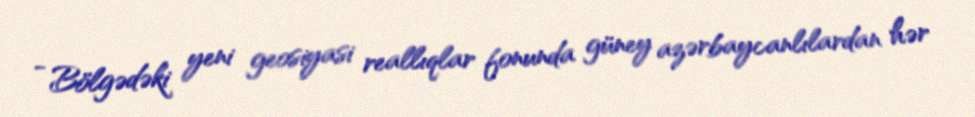
- Bölgədəki yeni geosiyasi reallıqlar fonunda güney azərbaycanlılardan hər